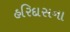
હરિદાસના